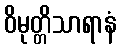
ဝိမုတ္တိသာရာနံ